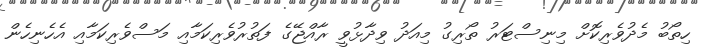
ހިތޯބު މެދުވެރިކޮށް މިނިސްޓަރު ތޯރިގު މިއަދު ވިދާޅުވީ ރާއްޖޭގެ ފަތުރުވެރިކަމާއި މަސްވެރިކަމާއި އެހެނިހެން